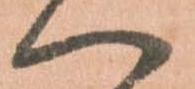
へ